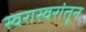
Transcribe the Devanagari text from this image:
स्वरास्वरांतून